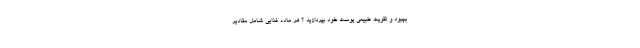
بهبود و تقویت طبیعی پوست خود بپردازید ؟ هر ماده غذایی شامل مقادیر